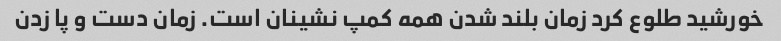
خورشید طلوع کرد زمان بلند شدن همه کمپ نشینان است. زمان دست و پا زدن